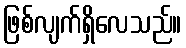
ဖြစ်လျက်ရှိလေသည်။